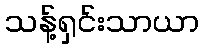
သန့်ရှင်းသာယာ